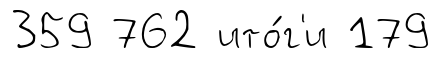
359 762 ито́г'и 179